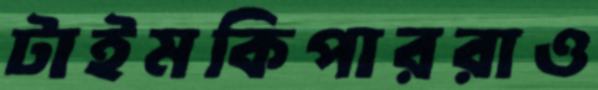
টাইমকিপাররাও